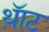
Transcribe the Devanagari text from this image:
थ़ॅाट